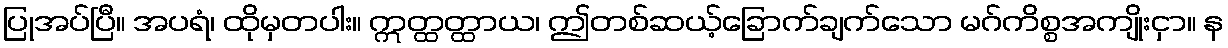
ပြုအပ်ပြီ။ အပရံ၊ ထိုမှတပါး။ ဣတ္ထတ္ထာယ၊ ဤတစ်ဆယ့်ခြောက်ချက်သော မဂ်ကိစ္စအကျိုးငှာ။ န